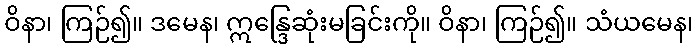
ဝိနာ၊ ကြဉ်၍။ ဒမေန၊ ဣန္ဒြေဆုံးမခြင်းကို။ ဝိနာ၊ ကြဉ်၍။ သံယမေန၊